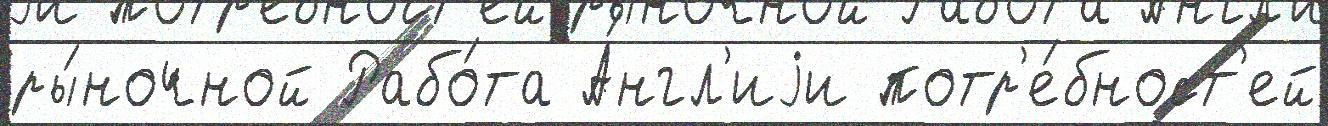
ры́ночной Рабо́та А́нгл'иjи потр'е́бност'ей